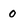
Character: 0